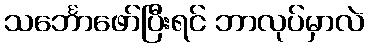
သင်္ဘောဖော်ပြီးရင် ဘာလုပ်မှာလဲ